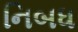
નિબધ